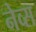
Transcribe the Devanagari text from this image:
नेव्स